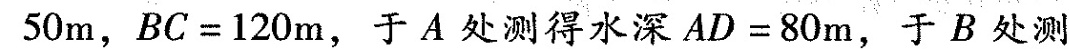
= 5 0 m$$，$$B C = 1 2 0 m$$，于A处测得水深$$A D = 8 0 m$$，于B处测